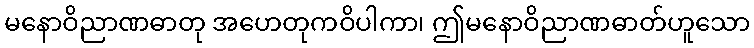
မနောဝိညာဏဓာတု အဟေတုကဝိပါကာ၊ ဤမနောဝိညာဏဓာတ်ဟူသော